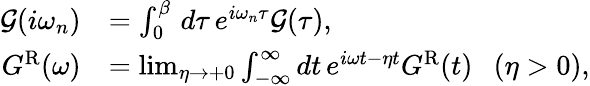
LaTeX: \begin{array}{rl}{\mathcal{G}(i\omega_{n})}&{=\int_{0}^{\beta}\, d\tau\, e^{i\omega_{n}\tau}\mathcal{G}(\tau),}\\ {G^{\mathrm{R}}(\omega)}&{=\operatorname*{lim}_{\eta\rightarrow+0}\int_{-\infty}^{\infty}dt\, e^{i\omega t-\eta t}G^{\mathrm{R}}(t)\ \ \ (\eta>0),}\end{array}